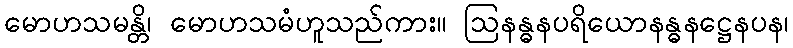
မောဟသမန္တိ၊ မောဟသမံဟူသည်ကား။ ဩနန္ဓနပရိယောနန္ဓနဋ္ဌေနပန၊